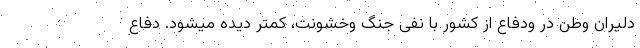
دلیران وطن در ودفاع از کشور با نفی جنگ وخشونت، کمتر دیده میشود. دفاع